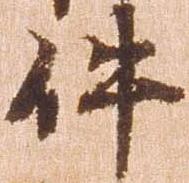
件